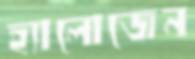
হ্যালোজেন